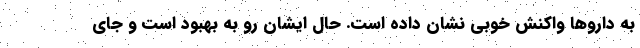
به داروها واکنش خوبی نشان داده است. حال ایشان رو به بهبود است و جای